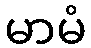
မာမံ